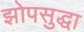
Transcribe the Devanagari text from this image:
झोपसुद्धा